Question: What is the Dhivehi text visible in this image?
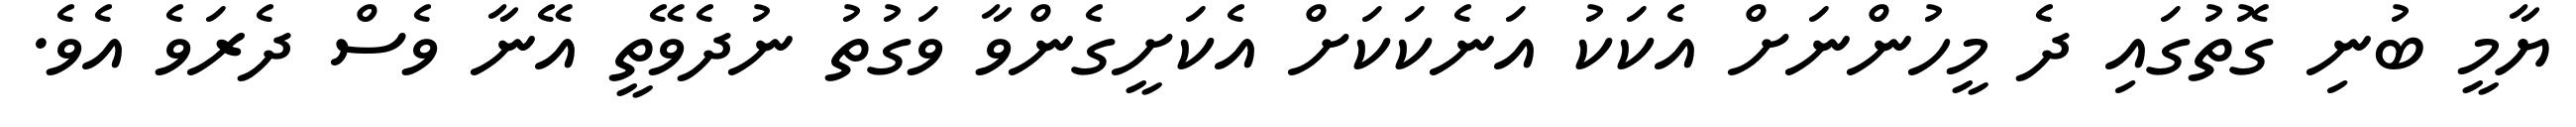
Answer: ޔާމީ ބުނި ގޮތުގައި ދެ މީހުންނަށް އެކަކު އަނެކަކަށް އެކަށީގެންވާ ވަގުތު ނުދެވޭތީ އޭނާ ވެސް ދެރަވެ އެވެ.